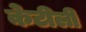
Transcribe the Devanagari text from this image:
केटीली